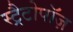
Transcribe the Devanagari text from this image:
स्ट्रैटोपॉज़